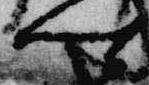
卿